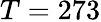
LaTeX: T=273